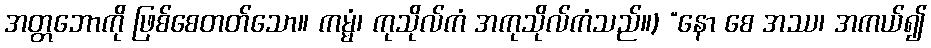
အတ္တဘောကို ဖြစ်စေတတ်သော။ ကမ္မံ၊ ကုသိုလ်ကံ အကုသိုလ်ကံသည်။) “နော စေ အဿ၊ အကယ်၍